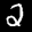
Label: 2